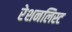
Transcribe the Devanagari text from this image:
रेशनलिस्ट